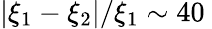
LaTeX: |\xi_{1}-\xi_{2}|/\xi_{1}\sim 40\